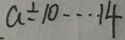
a \div 1 0 \cdots 1 4